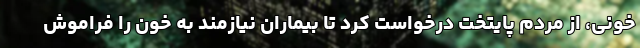
خونی، از مردم پایتخت درخواست کرد تا بیماران نیازمند به خون را فراموش